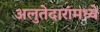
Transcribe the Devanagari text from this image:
अलुतेदारांमध्ये